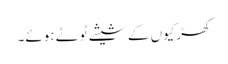
کھڑکیوں کے شیشے ٹوٹے ہوئے۔